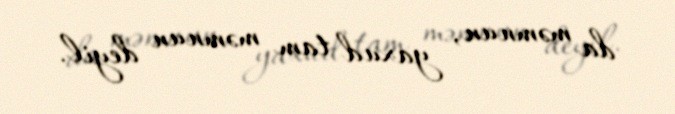
da məmnun, yaxud tam məmnun deyil.